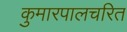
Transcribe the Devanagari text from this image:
कुमारपालचरित